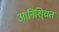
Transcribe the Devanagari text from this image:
आनिशि्चत